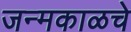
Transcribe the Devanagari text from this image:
जन्मकाळचे